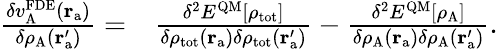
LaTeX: \begin{array}{rl}{\frac{\delta v_{\mathrm{A}}^{\mathrm{FDE}}(\mathbf{r}_{\mathrm{a}})}{\delta\rho_{\mathrm{A}}(\mathbf{r}_{\mathrm{a}}^{\prime})}=}&{\frac{\delta^{2}E^{\mathrm{QM}}[\rho_{\mathrm{tot}}]}{\delta\rho_{\mathrm{tot}}(\mathbf{r}_{\mathrm{a}})\delta\rho_{\mathrm{tot}}(\mathbf{r}_{\mathrm{a}}^{\prime})}-\frac{\delta^{2}E^{\mathrm{QM}}[\rho_{\mathrm{A}}]}{\delta\rho_{\mathrm{A}}(\mathbf{r}_{\mathrm{a}})\delta\rho_{\mathrm{A}}(\mathbf{r}_{\mathrm{a}}^{\prime})}.}\end{array}